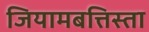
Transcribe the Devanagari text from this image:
जियामबत्तिस्ता